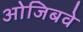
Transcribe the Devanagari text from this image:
ओजिबवे